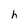
Character: h